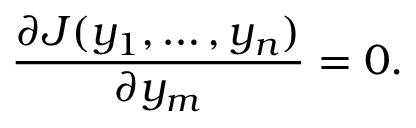
{ \frac { \partial J ( y _ { 1 } , \ldots , y _ { n } ) } { \partial y _ { m } } } = 0 .